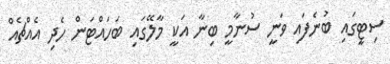
ސިޓީގައި ބުނެފައި ވަނީ ސުނާމީ ބިނާ އަކީ މާލޭގައި ބަހައްޓަން ހެދި އެއްޗެއް